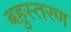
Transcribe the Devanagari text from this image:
बहुस्तरण